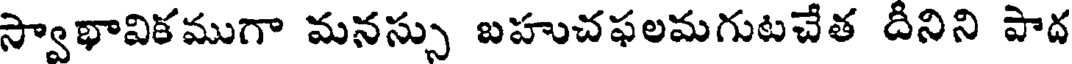
స్వాభావికముగా మనస్సు బహుచఫలమగుటచేత దీనిని పాద